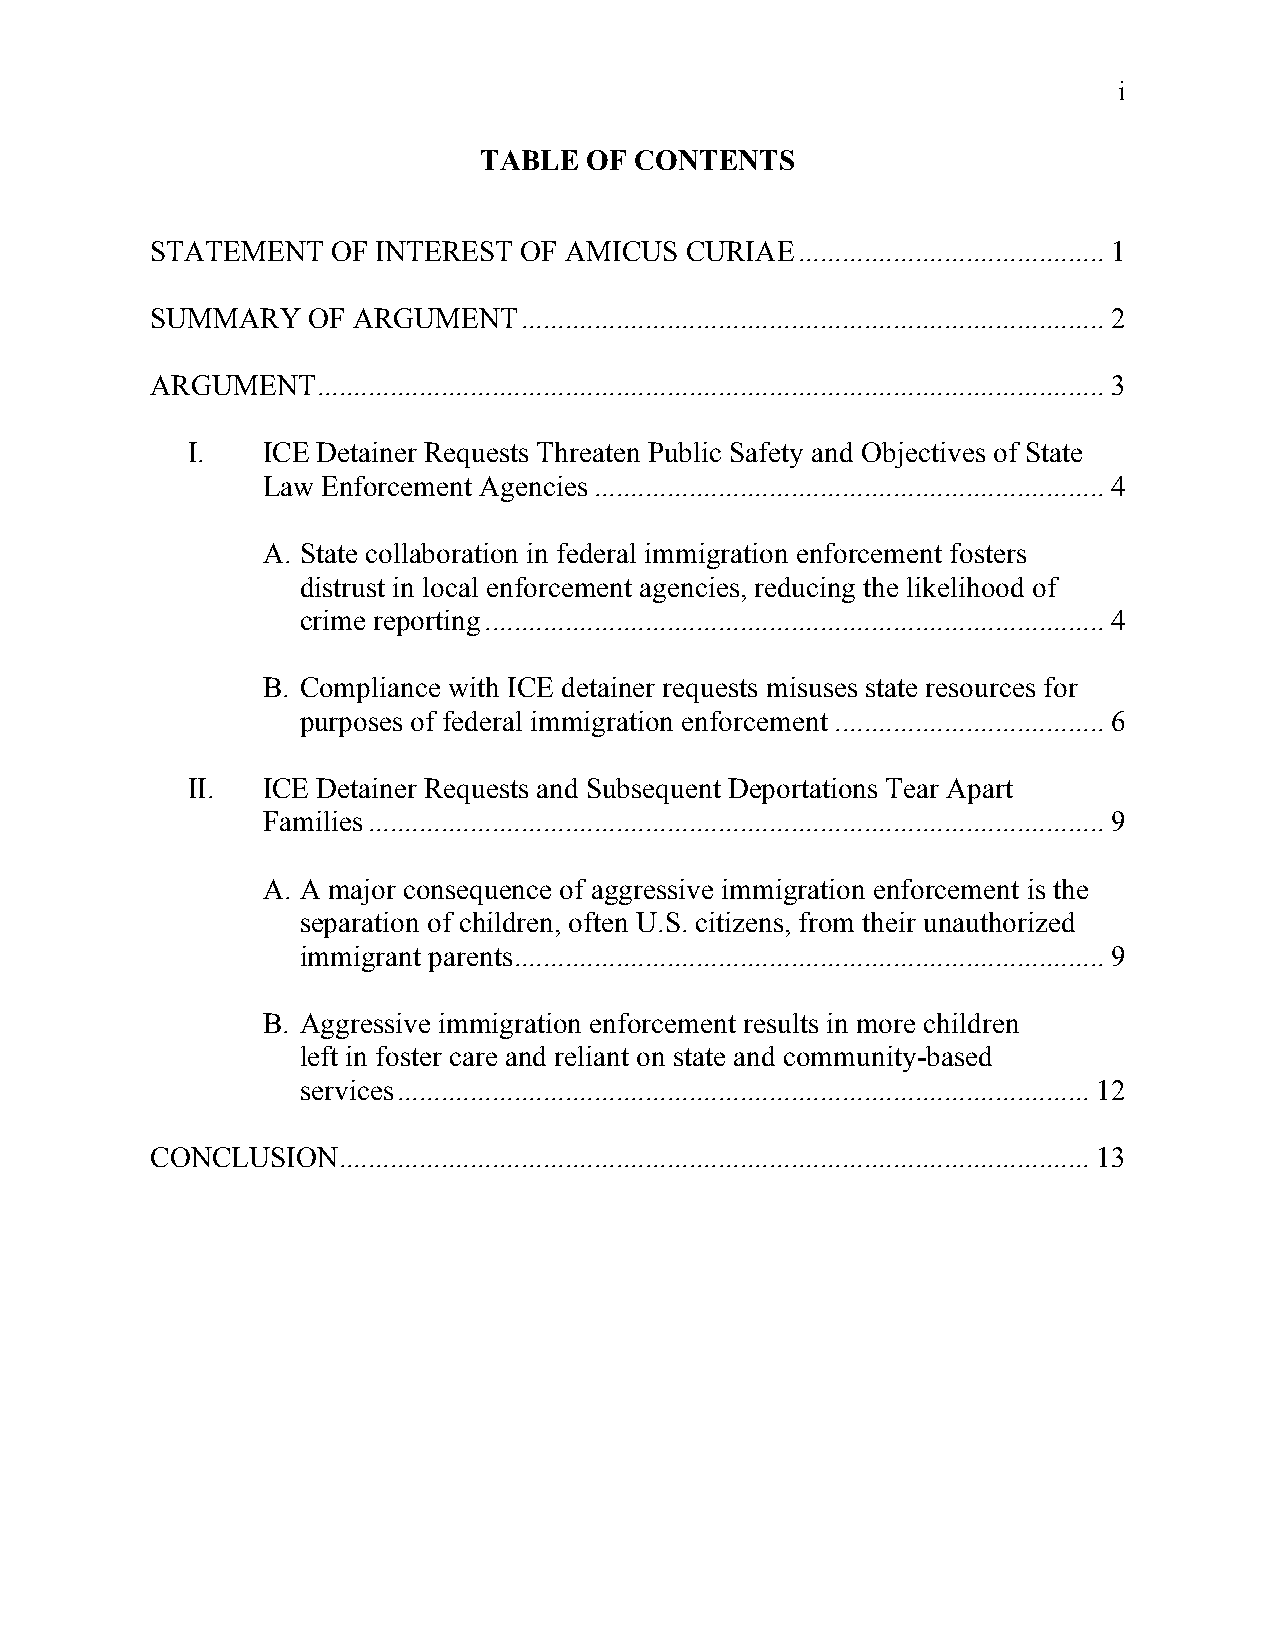
i
 TABLE  OF CONTENTS
 STATEMENT   OF INTEREST OF AMICUS  CURIAE.......................................... 1
 SUMMARY   OF ARGUMENT................................................................................ 2
 ARGUMENT............................................................................................................ 3
 I.   ICE Detainer Requests Threaten Public Safety and Objectives of State
 Law Enforcement Agencies...................................................................... 4
 A. State collaboration in federal immigration enforcement fosters
 distrust in local enforcement agencies, reducing the likelihood of
 crime reporting..................................................................................... 4
 B. Compliance with ICE detainer requests misuses state resources for
 purposes of federal immigration enforcement ..................................... 6
 II.  ICE Detainer Requests and Subsequent Deportations Tear Apart
 Families..................................................................................................... 9
 A. A major consequence of aggressive immigration enforcement is the
 separation of children, often U.S. citizens, from their unauthorized
 immigrant parents................................................................................. 9
 B. Aggressive immigration enforcement results in more children
 left in foster care and reliant on state and community-based
 services............................................................................................... 12
 CONCLUSION....................................................................................................... 13